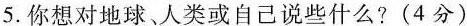
5.你想对地球、人类或自己说些什么?(4分)